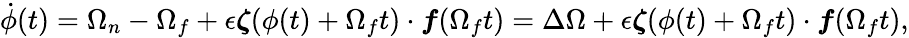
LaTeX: \dot{\phi}(t)=\Omega_{n}-\Omega_{f}+\epsilon\boldsymbol{\zeta}(\phi(t)+\Omega_{f}t)\cdot\boldsymbol{f}(\Omega_{f}t)=\Delta\Omega+\epsilon\boldsymbol{\zeta}(\phi(t)+\Omega_{f}t)\cdot\boldsymbol{f}(\Omega_{f}t),